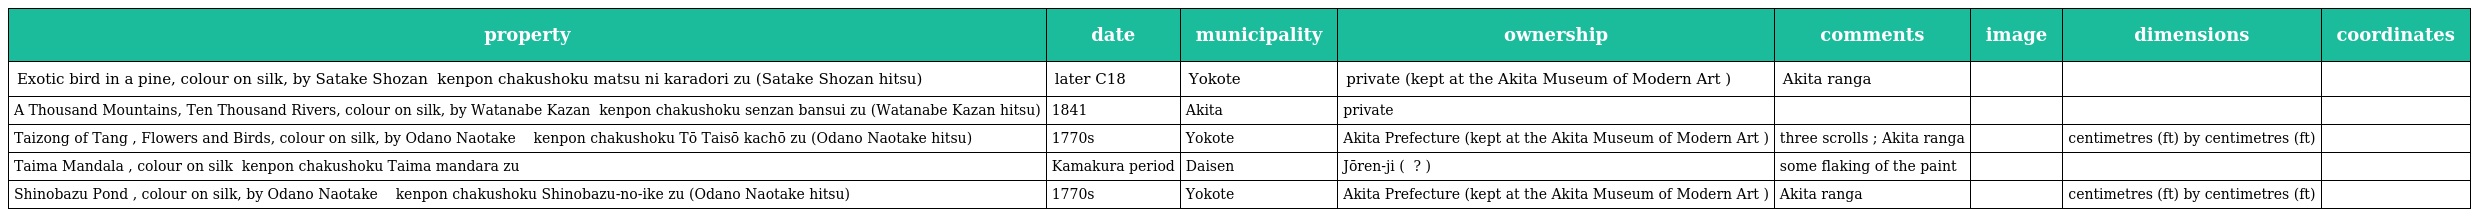
| property | date | municipality | ownership | comments | image | dimensions | coordinates |
 | --- | --- | --- | --- | --- | --- | --- | --- |
 | Exotic bird in a pine, colour on silk, by Satake Shozan 絹本著色松に唐鳥図（佐竹曙山筆／） kenpon chakushoku matsu ni karadori zu (Satake Shozan hitsu) | later C18 | Yokote | private (kept at the Akita Museum of Modern Art ) | Akita ranga |  |  |  |
 | A Thousand Mountains, Ten Thousand Rivers, colour on silk, by Watanabe Kazan 絹本著色千山万水図〈渡辺崋山筆／〉 kenpon chakushoku senzan bansui zu (Watanabe Kazan hitsu) | 1841 | Akita | private |  |  |  |  |
 | Taizong of Tang , Flowers and Birds, colour on silk, by Odano Naotake 絹本著色唐太宗花鳥図〈 小田野直武 筆／〉 kenpon chakushoku Tō Taisō kachō zu (Odano Naotake hitsu) | 1770s | Yokote | Akita Prefecture (kept at the Akita Museum of Modern Art ) | three scrolls ; Akita ranga |  | centimetres (ft) by centimetres (ft) |  |
 | Taima Mandala , colour on silk 絹本著色当麻曼荼羅図 kenpon chakushoku Taima mandara zu | Kamakura period | Daisen | Jōren-ji ( 浄蓮寺 ? ) | some flaking of the paint |  |  |  |
 | Shinobazu Pond , colour on silk, by Odano Naotake 絹本著色不忍池図〈 小田野直武 筆／〉 kenpon chakushoku Shinobazu-no-ike zu (Odano Naotake hitsu) | 1770s | Yokote | Akita Prefecture (kept at the Akita Museum of Modern Art ) | Akita ranga |  | centimetres (ft) by centimetres (ft) |  |